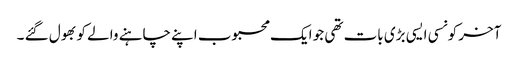
آخر کونسی ایسی بڑی بات تھی جو ایک محبوب اپنے چاہنے والے کو بھول گئے ۔